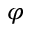
\varphi